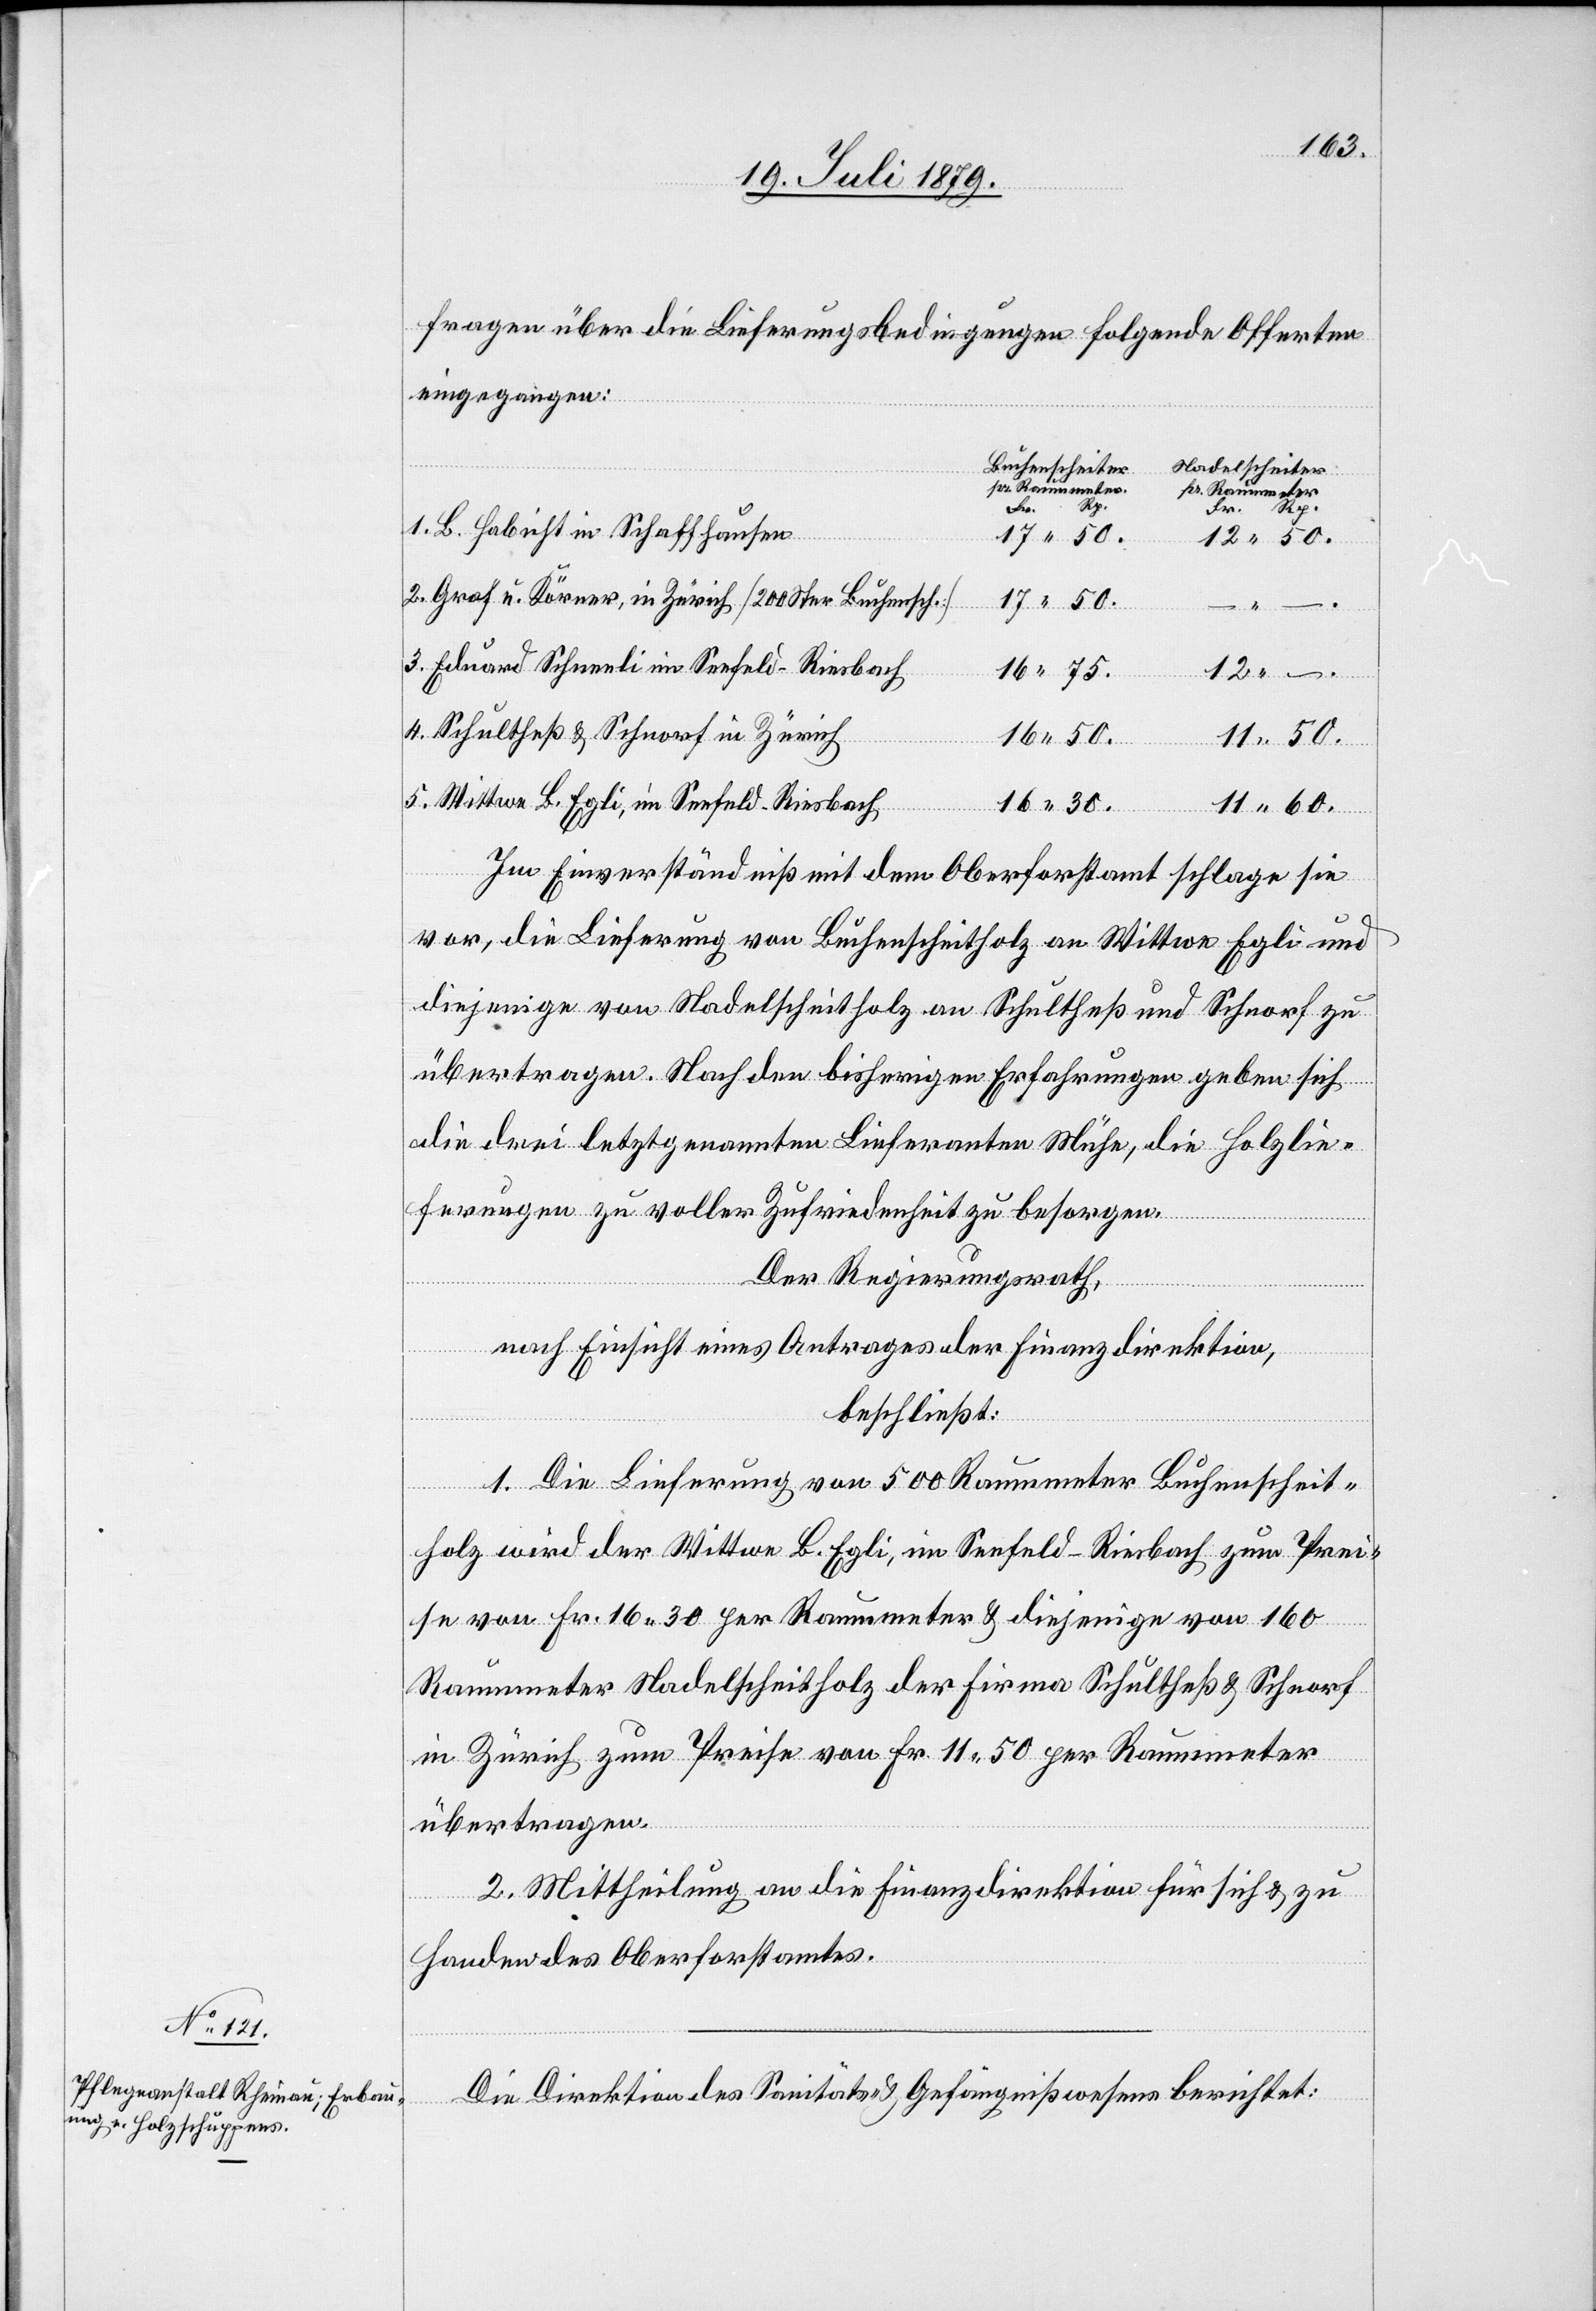
eingegangen:
pr. Raummeter
Rp.
1. B. Habicht in Schaffhausen
30.
2. Graf u. Körner, in Zürich [200 Ster Buchensch.]
3. Eduard Schneeli im Seefeld - Riesbach
12
4. Schultheß & Schnorf in Zürich
5. Wittwe B. Egli, im Seefeld - Riesbach
60.
Im Einverständniß mit dem Oberforstamt schlage sie
vor, die Lieferung von Buchenscheitholz an Wittwe Egli und
diejenige von Nadelscheitholz an Schultheß und Schnorf zu
übertragen. Nach den bisherigen Erfahrungen geben sich
die drei letztgenannten Lieferanten Mühe, die Holzlie¬
ferungen zu voller Zufriedenheit zu besorgen.
–.
Der Regierungsrath,
–
nach Einsicht eines Antrages der Finanzdirektion,
beschließt:
1. Die Lieferung von 500 Raummeter Buchenscheit¬
iter
holz wird der Wittwe B. Egli, im Seefeld - Riesbach zum Prei¬
se von Fr. 16 30 per Raummeter & diejenige von 160
Raummeter Nadelscheitholz der Firma Schultheß & Schnorf
in Zürich zum Preise von Fr. 11 50 per Raummeter
übertragen.
2. Mittheilung an die Finanzdirektion für sich & zu
Handen des Oberforstamtes.
Die Direktion des Sanitäts- & Gefängnißwesens berichtet: